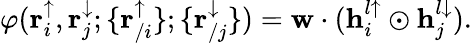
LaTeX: \varphi(\mathbf{r}_{i}^{\uparrow},\mathbf{r}_{j}^{\downarrow};\{ \mathbf{r}_{/i}^{\uparrow}\} ;\{ \mathbf{r}_{/j}^{\downarrow}\} )=\mathbf{w}\cdot(\mathbf{h}_{i}^{l\uparrow}\odot\mathbf{h}_{j}^{l\downarrow}).